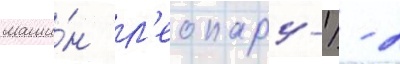
маши́н л'еопард-1/ - 2